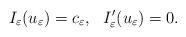
LaTeX: \begin{align*}I_\varepsilon(u_\varepsilon)=c_\varepsilon,\ \ I'_\varepsilon(u_\varepsilon)=0.\end{align*}